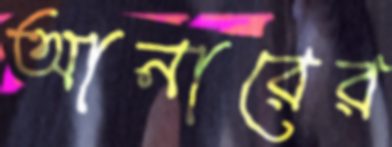
আনারের